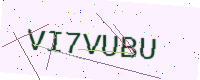
Text: VI7VUBU